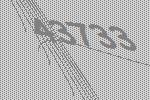
43733